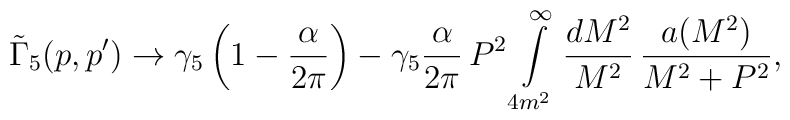
\tilde{\Gamma}_5(p,p')\to \gamma_5\left(1-\frac{\alpha}{2\pi}\right)-\gamma_5 \frac{\alpha}{2\pi}\, P^2\int\limits_{4m^2}^{\infty}\frac{dM^2}{M^2}\, \frac{a(M^2)}{M^2+P^2},